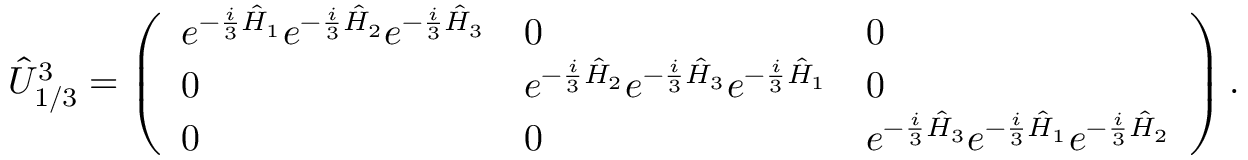
\hat { U } _ { 1 / 3 } ^ { 3 } = \left( \begin{array} { l l l } { e ^ { - \frac { i } { 3 } \hat { H } _ { 1 } } e ^ { - \frac { i } { 3 } \hat { H } _ { 2 } } e ^ { - \frac { i } { 3 } \hat { H } _ { 3 } } } & { 0 } & { 0 } \\ { 0 } & { e ^ { - \frac { i } { 3 } \hat { H } _ { 2 } } e ^ { - \frac { i } { 3 } \hat { H } _ { 3 } } e ^ { - \frac { i } { 3 } \hat { H } _ { 1 } } } & { 0 } \\ { 0 } & { 0 } & { e ^ { - \frac { i } { 3 } \hat { H } _ { 3 } } e ^ { - \frac { i } { 3 } \hat { H } _ { 1 } } e ^ { - \frac { i } { 3 } \hat { H } _ { 2 } } } \end{array} \right) .